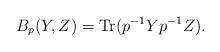
LaTeX: \begin{align*}B_{p}(Y,Z)=\operatorname{Tr}(p^{-1}Yp^{-1}Z). \end{align*}